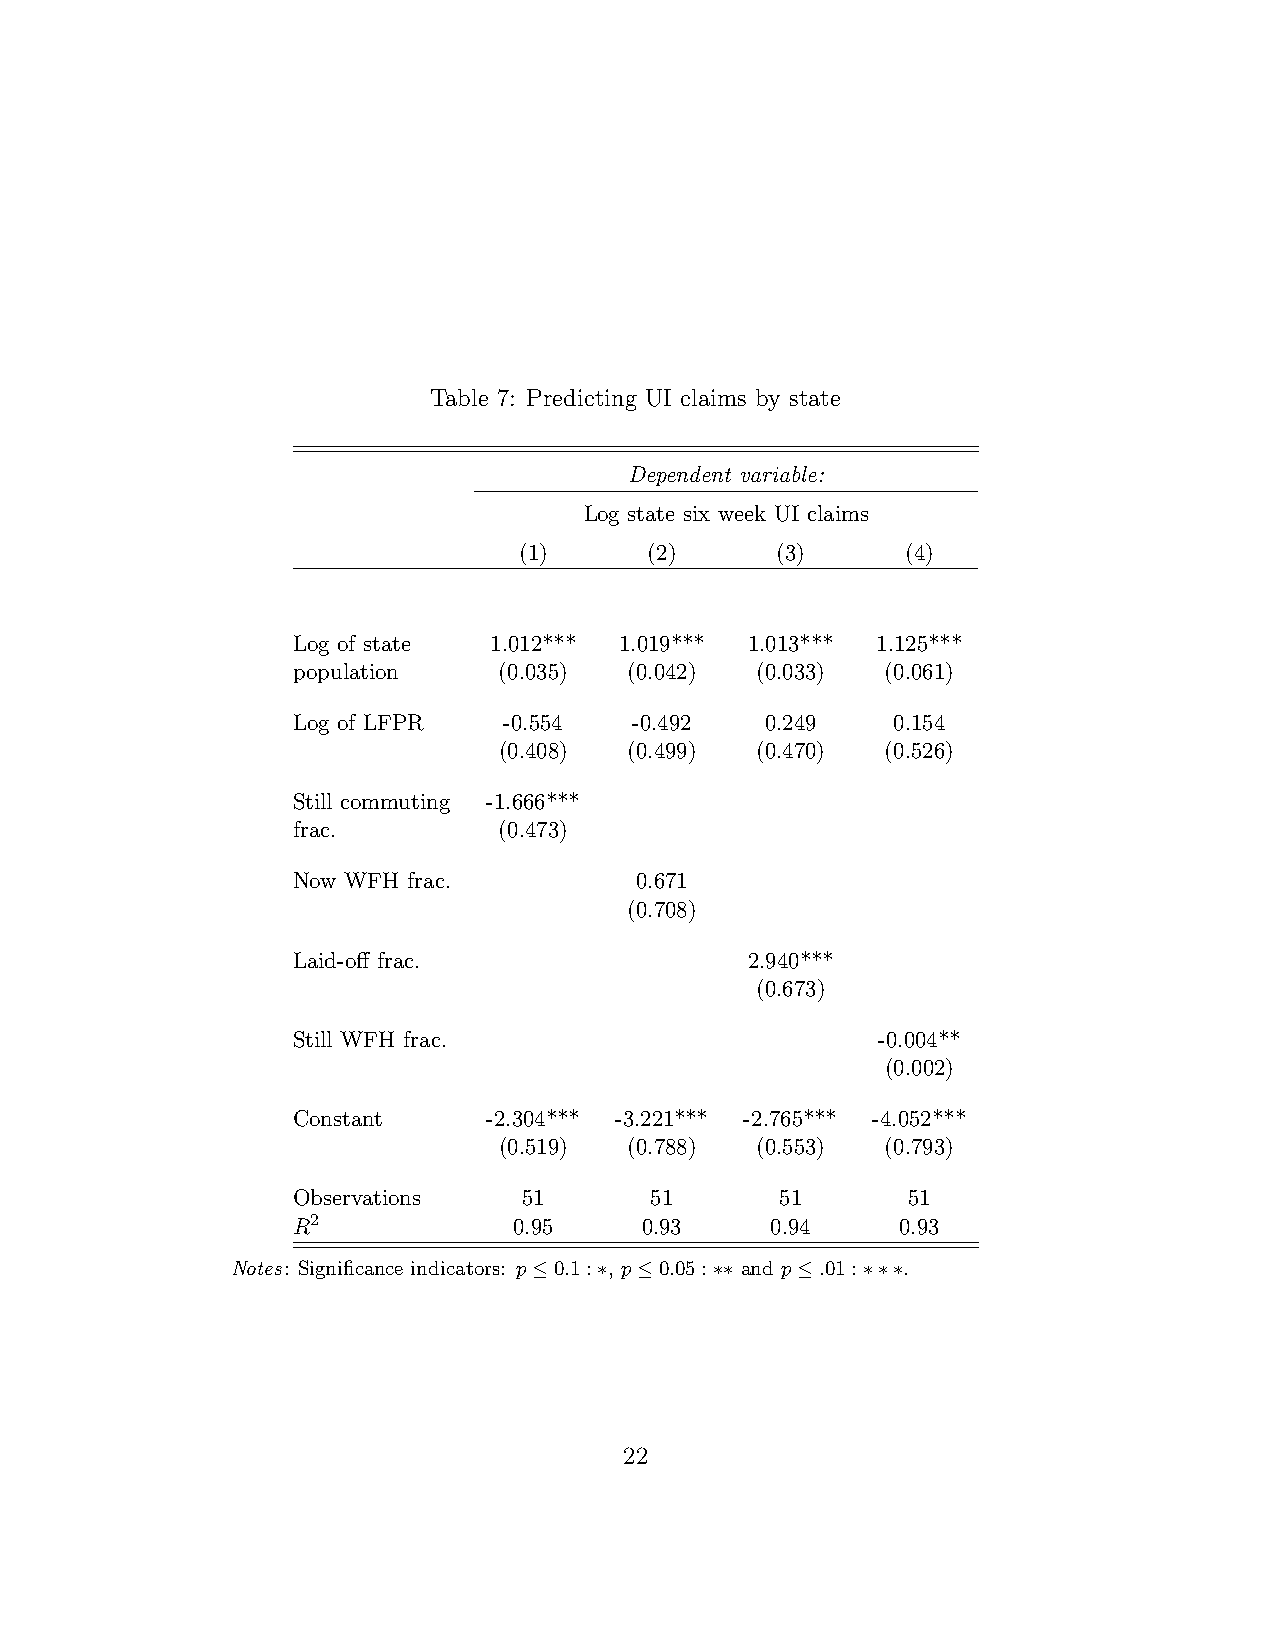
Table 7: Predicting UI claims by state
 Dependent variable:
 Log state six week UI claims
 (1)      (2)     (3)      (4)
 Log of state 1.012*** 1.019*** 1.013*** 1.125***
 population    (0.035)  (0.042) (0.033)  (0.061)
 Log of LFPR   -0.554   -0.492   0.249   0.154
 (0.408)  (0.499) (0.470)  (0.526)
 Still commuting -1.666***
 frac.         (0.473)
 Now WFH frac.          0.671
 (0.708)
 Laid-off frac.                 2.940***
 (0.673)
 Still WFH frac.                        -0.004**
 (0.002)
 Constant     -2.304*** -3.221*** -2.765*** -4.052***
 (0.519)  (0.788) (0.553)  (0.793)
 Observations    51      51       51      51
 R2             0.95    0.93     0.94     0.93
 Notes: Significance indicators: p≤0.1:∗, p≤0.05:∗∗ and p≤.01:∗∗∗.
 22